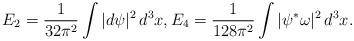
LaTeX: \begin{align*} E_2=\frac{1}{32\pi^2}\int |d\psi|^2\,d^3x, E_4=\frac{1}{128\pi^2}\int |\psi^*\omega|^2\,d^3x.\end{align*}